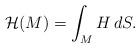
LaTeX: \begin{align*} \mathcal{H}(M) = \int_M H\, dS.\end{align*}